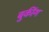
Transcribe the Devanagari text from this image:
बुकींग